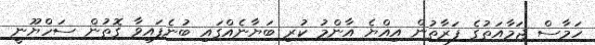
ހަމާސް ޖަމާއަތުގެ ފަރާތުން އިއްޔެ އާންމު ކުރި ބަޔާނެއްގައި ބުނެފައިވާ ގޮތުން ސަހްޔޫނީ